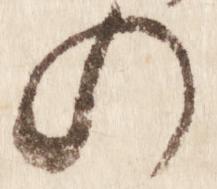
の